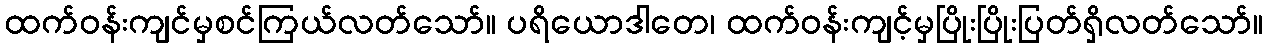
ထက်ဝန်းကျင်မှစင်ကြယ်လတ်သော်။ ပရိယောဒါတေ၊ ထက်ဝန်းကျင့်မှပြိုးပြိုးပြတ်ရှိလတ်သော်။